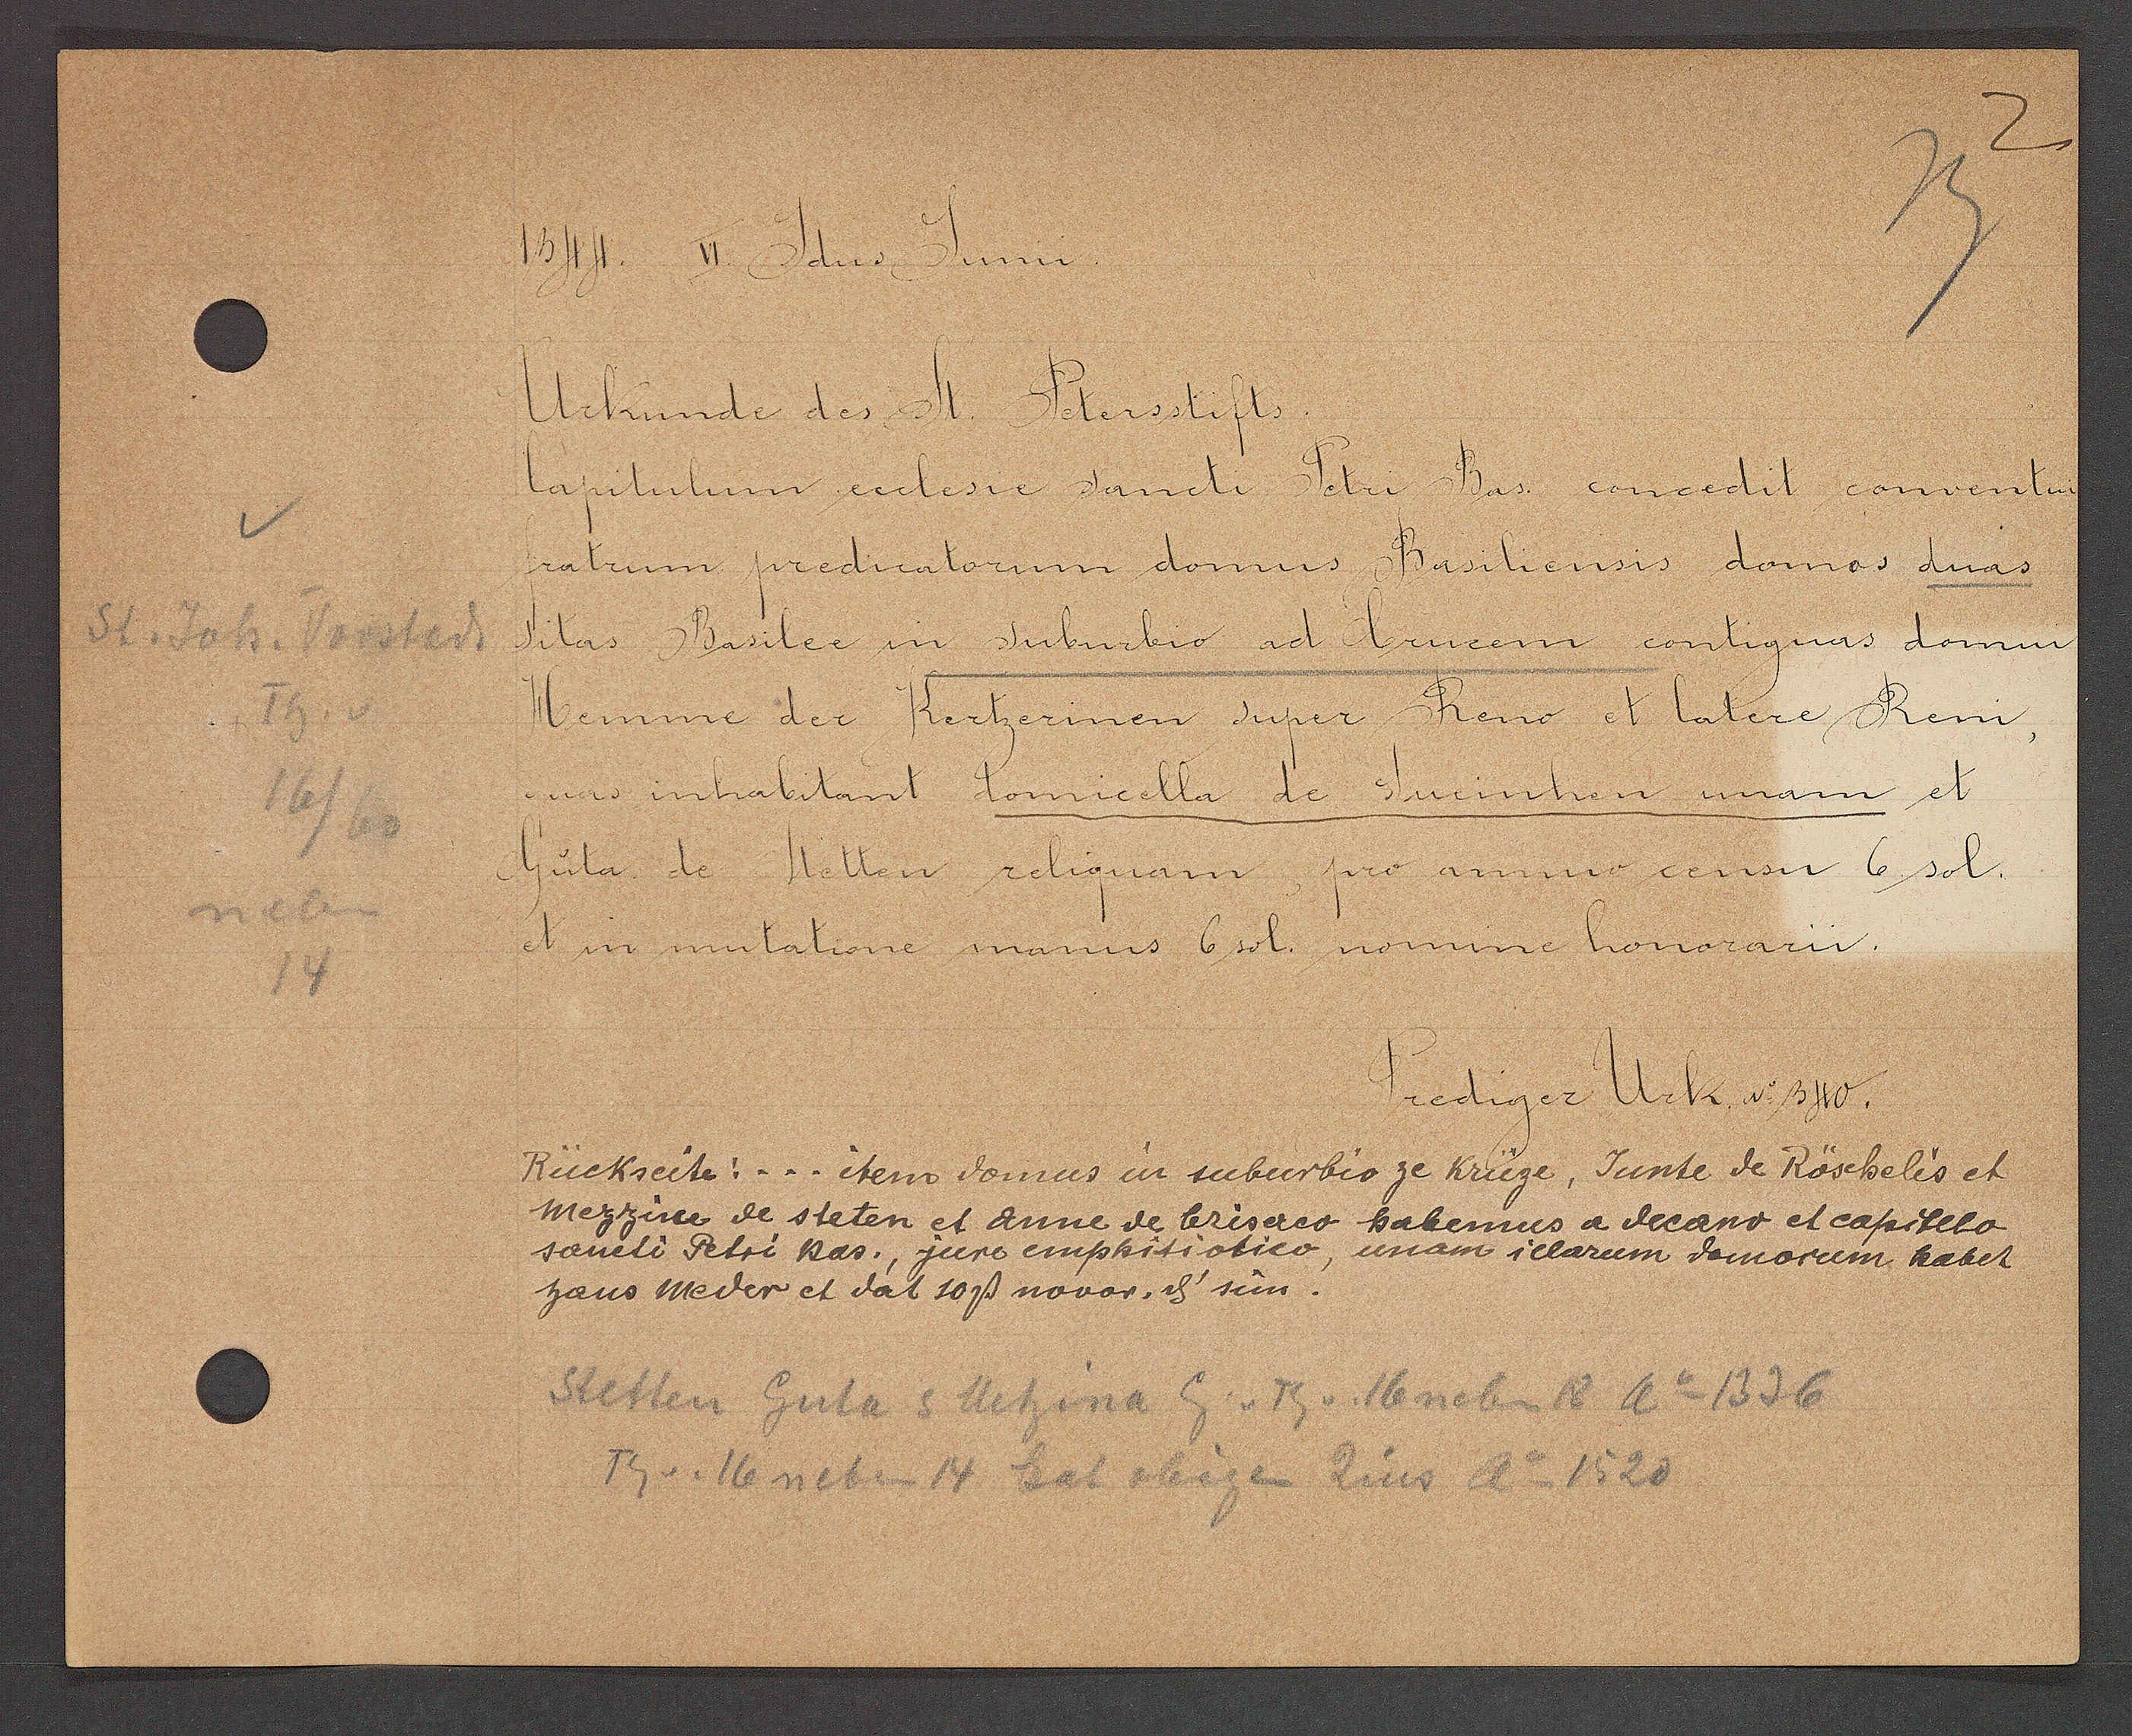
Transcript:
St. Joh. Vorstadt
Th. v
neben
16/60
14

1344  VI Jdus Junii.

Urkunde des St. Petersstifts.
Capitulum eclesie sancti Petri Bas. concedit conventum
fratrum predicatorum domus Basiliensis domos duas
sitas Basilea in Juburbio ad brucem contiguas domui
Hemme der Kertzerinen super Reno et latere Reni,
quas inhabitant domicella de stucinhen unam et
Guta de Stetten reliquam,
et in mutatione manus 6 sol. nomme honorarii.
pro annuo censu 6 sol.

Prediger Urk. No 340.

Rückseite: ... iteno domus in suburbis ze Krüze, Junte de Röschelis et
mezzine de steten et anne de leriseteo habemus a decano et capitelo
sancti Petri nas. juro emphitiotico, unam iclarum domorum habet
hans meder et dat 10ß novor. ȡ scin.

Stetten Guta s Metzina Eg v. Th v. 16 neben 18 ao 1336
Th v. 16 neben 14 bat obigen Zins Ao 1520